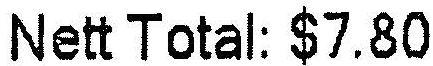
NETT TOTAL: $7.80